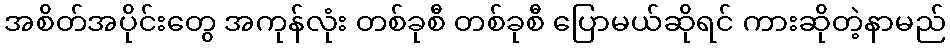
အစိတ်အပိုင်းတွေ အကုန်လုံး တစ်ခုစီ တစ်ခုစီ ပြောမယ်ဆိုရင် ကားဆိုတဲ့နာမည်